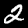
Label: 2